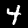
Digit: 4